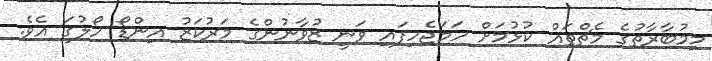
މިމުބާރާތުގެ މެޗްތައް ކުޅުމަށް ހަމަޖެހިފައި ވަނީ ޒުވާނުންގެ މަރުކަޒު އިންޑޯ ހޯލުގަ އެވެ.